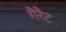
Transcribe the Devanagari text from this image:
गैरैट